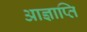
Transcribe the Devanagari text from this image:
आज्ञाप्ति